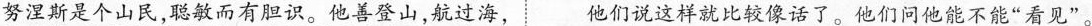
努涅斯是个山民，聪敏而有胆识。他善登山，航过海， 他们说这样就比较像话了。他们问他能不能”看见”。